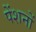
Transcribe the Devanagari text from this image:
पेंशनों